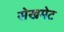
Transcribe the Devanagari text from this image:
सेखमेट